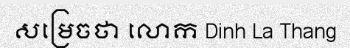
សម្រេចថា លោក Dinh La Thang